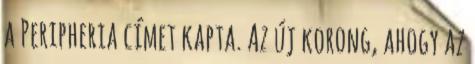
a Peripheria címet kapta. Az új korong, ahogy az